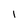
Character: I